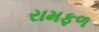
રામફળ